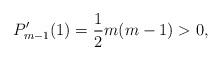
LaTeX: \begin{align*}P_{m-1}'(1)=\frac{1}{2} m(m-1)>0,\end{align*}